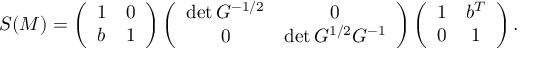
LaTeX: S ( { \cal M } ) = \left( \begin{array} { c c } { { 1 } } & { { 0 } } \\ { { b } } & { { 1 } } \end{array} \right) \left( \begin{array} { c c } { { \operatorname * { d e t } G ^ { - 1 / 2 } } } & { { 0 } } \\ { { 0 } } & { { \operatorname * { d e t } G ^ { 1 / 2 } G ^ { - 1 } } } \end{array} \right) \left( \begin{array} { c c } { { 1 } } & { { b ^ { T } } } \\ { { 0 } } & { { 1 } } \end{array} \right) .